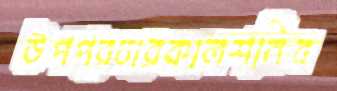
উপপ্রচারকালশনিব